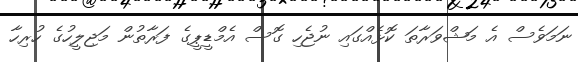
ނަމަވެސް އެ މަޝްވަރާތަ ކޮޅެއްގައި ނުޖެހި ގޮސް އެމްޑީޕީގެ ފަރާތުން މަޖިލީހުގެ ހުރިހާ